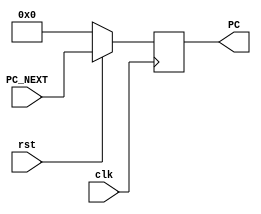
module PC_Module(PC_NEXT, rst, clk, PC);
    input [31:0] PC_NEXT;
    input clk, rst;

    output reg [31:0] PC;

    always @ (posedge clk)
    begin
    if(rst == 1'b0)
      PC <= 32'h00000000;
    else
      PC <= PC_NEXT;
    end

endmodule